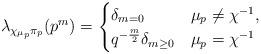
LaTeX: \begin{align*}\lambda_{\chi_{\mu_p}\pi_p}(p^m) =\begin{cases}\delta_{m=0} & \mu_p \neq \chi^{-1}, \\q^{-\frac{m}{2}}\delta_{m\geq 0} & \mu_p = \chi^{-1}\end{cases} \end{align*}